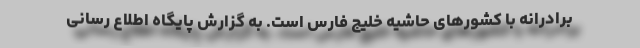
برادرانه با کشورهای حاشیه خلیج فارس است. به گزارش پایگاه اطلاع رسانی